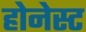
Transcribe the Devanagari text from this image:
होनेस्ट